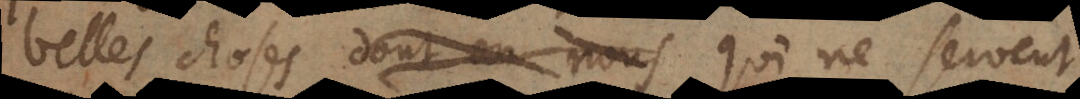
belles choses dont en nous qui ne servent